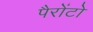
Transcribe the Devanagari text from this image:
पैरोंटो